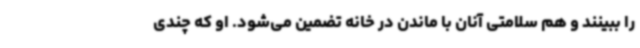
را ببینند و هم سلامتی آنان با ماندن در خانه تضمین می‌شود. او که چندی